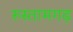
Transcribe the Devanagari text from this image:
रुस्तामगढ़